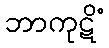
ဘာကုဋိံ